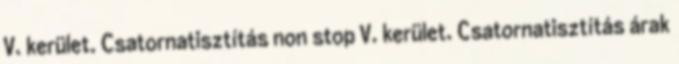
V. kerület. Csatornatisztítás non stop V. kerület. Csatornatisztítás árak